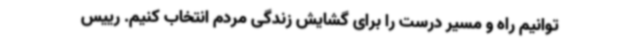
توانیم راه و مسیر درست را برای گشایش زندگی مردم انتخاب کنیم. رییس